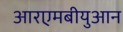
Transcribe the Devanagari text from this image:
आरएमबीयुआन